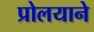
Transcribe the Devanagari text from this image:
प्रोलयाने